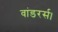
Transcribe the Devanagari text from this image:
वांडरर्स।